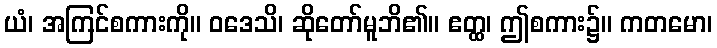
ယံ၊ အကြင်စကားကို။ ဝဒေသိ၊ ဆိုတော်မူဘိ၏။ ဧတ္ထ၊ ဤစကား၌။ ကတမော၊